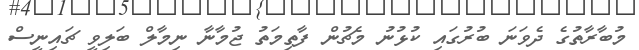
މުބާރާތުގެ ދެވަނަ ބުރުގައި ކުޅުނު މެޗުން ފާތިމަތު ޖުމާނާ ނިމާލް ބަލިވީ ޗައިނީސް